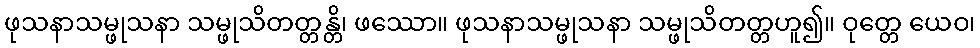
ဖုသနာသမ္ဖုသနာ သမ္ဖုသိတတ္တန္တိ၊ ဖဿော။ ဖုသနာသမ္ဖုသနာ သမ္ဖုသိတတ္တဟူ၍။ ဝုတ္တေ ယေဝ၊